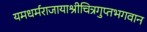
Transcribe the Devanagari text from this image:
यमधर्मराजायाश्रीचित्रगुप्तभगवान